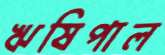
ঋষিপাল